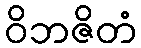
ဝိဘဇိတံ